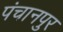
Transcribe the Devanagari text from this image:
पंचानपुर